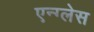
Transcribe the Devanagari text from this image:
एन्ग्लेस